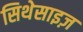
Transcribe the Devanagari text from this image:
सिथेसाइज़